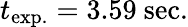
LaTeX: {t_{\mathrm{exp.}}=3.59~\mathrm{sec.}}